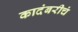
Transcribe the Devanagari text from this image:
कादंबरीचं